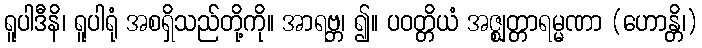
ရူပါဒီနိ၊ ရူပါရုံ အစရှိသည်တို့ကို။ အာရဗ္ဘ၊ ၍။ ပဝတ္တိယံ အဇ္ဈတ္တာရမ္မဏာ (ဟောန္တိ၊)